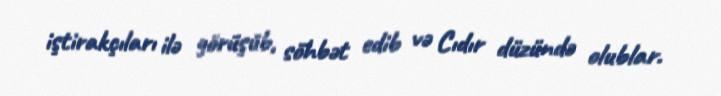
iştirakçıları ilə görüşüb, söhbət edib və Cıdır düzündə olublar.